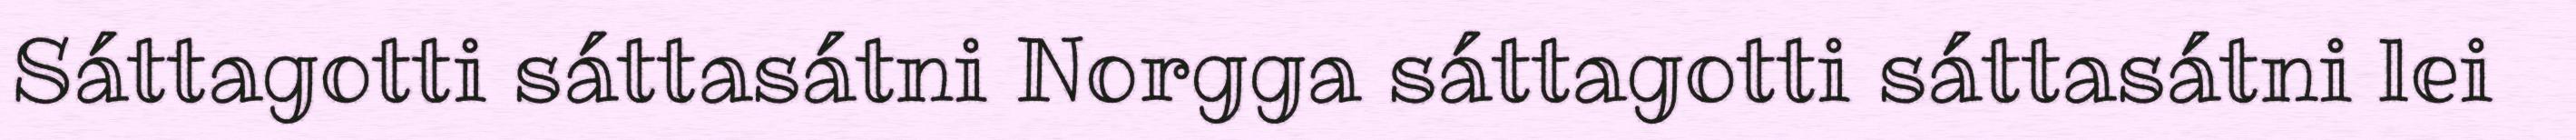
Sáttagotti sáttasátni Norgga sáttagotti sáttasátni lei